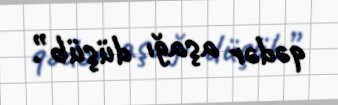
qədər aşağı düşüb”.